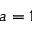
a = 1